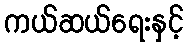
ကယ်ဆယ်ရေးနှင့်